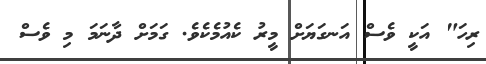
ރިހަ" އަކީ ވެސް އަނގަޔަށް މީރު ކެއުމެކެވެ. ގަމަށް ދާނަމަ މި ވެސް